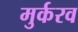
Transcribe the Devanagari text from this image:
मुर्करव